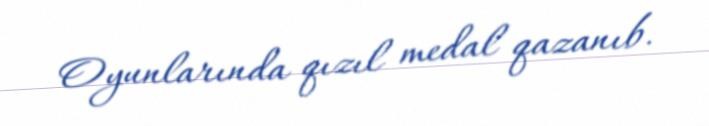
Oyunlarında qızıl medal qazanıb.